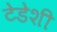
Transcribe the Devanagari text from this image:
टेडेशी